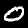
Digit: 0